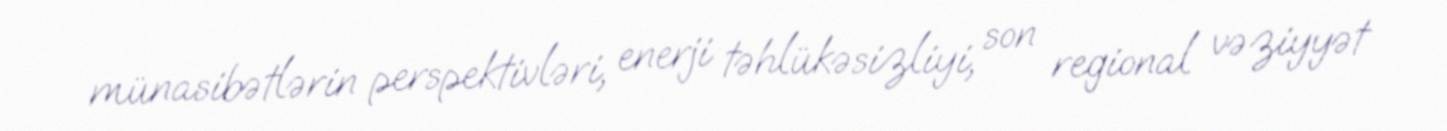
münasibətlərin perspektivləri, enerji təhlükəsizliyi, son regional vəziyyət